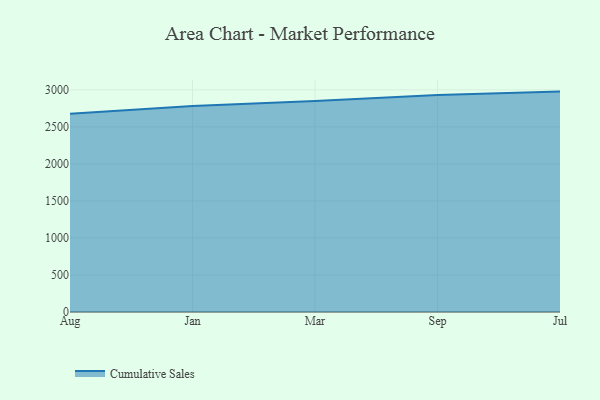
{"axis": {"x": "Month", "y": "Revenue (USD Million)"}, "legend": ["Cumulative Sales"], "data": [{"x": "Aug", "y": 2677.6, "type": "Cumulative Sales"}, {"x": "Jan", "y": 2781.0, "type": "Cumulative Sales"}, {"x": "Mar", "y": 2848.8, "type": "Cumulative Sales"}, {"x": "Sep", "y": 2931.4, "type": "Cumulative Sales"}, {"x": "Jul", "y": 2976.2, "type": "Cumulative Sales"}]}